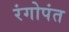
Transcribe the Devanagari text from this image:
रंगोपंत